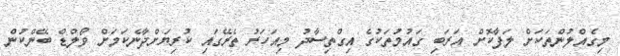
މިގެއްލުންތަކަށް ލަފާކޮށް އަރަބި ގައުމުތަކުގެ އިގްތިސާދު މިއަހަރު ތެރޭގައި ކުރިޔަށްދާނެކަމަށް ވޯލްޑް ބޭންކުން